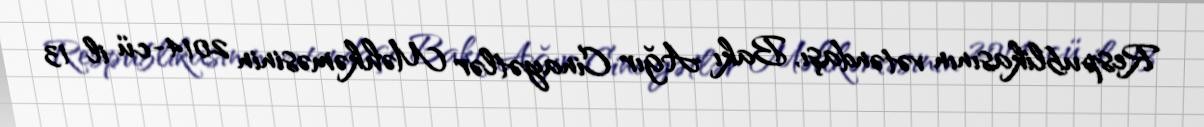
Respublikasının vətəndaşı, Bakı Ağır Cinayətlər Məhkəməsinin 2014-cü il 13